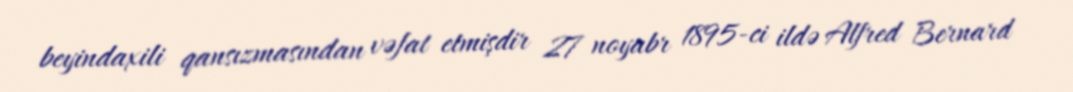
beyindaxili qansızmasından vəfat etmişdir 27 noyabr 1895-ci ildə Alfred Bernard